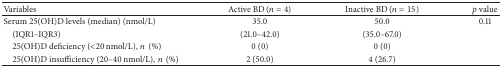
<table><thead><tr><td><b>Variables</b></td><td><b>Active BD (<i>n</i> = 4)</b></td><td><b>Inactive BD (<i>n</i> = 15)</b></td><td><b><i>p</i> value</b></td></tr></thead><tbody><tr><td>Serum 25(OH)D levels (median) (nmol/L)</td><td>35.0</td><td>50.0</td><td>0.11</td></tr><tr><td> (IQR1–IQR3)</td><td>(21.0–42.0)</td><td> (35.0–67.0)</td><td> </td></tr><tr><td> 25(OH)D deficiency (&lt;20 nmol/L),<i>n</i>(%)</td><td>0 (0)</td><td>0 (0)</td><td> </td></tr><tr><td> 25(OH)D insufficiency (20–40 nmol/L),<i>n</i>(%)</td><td>2 (50.0)</td><td>4 (26.7)</td><td> </td></tr></tbody></table>